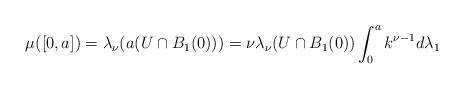
LaTeX: \begin{align*}\mu([0,a])=\lambda_\nu(a(U\cap B_1(0)))=\nu\lambda_\nu(U\cap B_1(0))\int_{0}^{a}k^{\nu-1}d\lambda_1\end{align*}